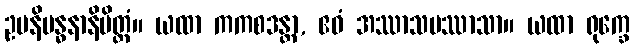
ဥပနိဗန္ဓနာနိမိတ္တံ။ ယထာ ကကစဒန္တာ, ဧဝံ အဿာသပဿာသာ။ ယထာ ရုက္ခေ